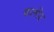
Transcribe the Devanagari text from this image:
फलोर